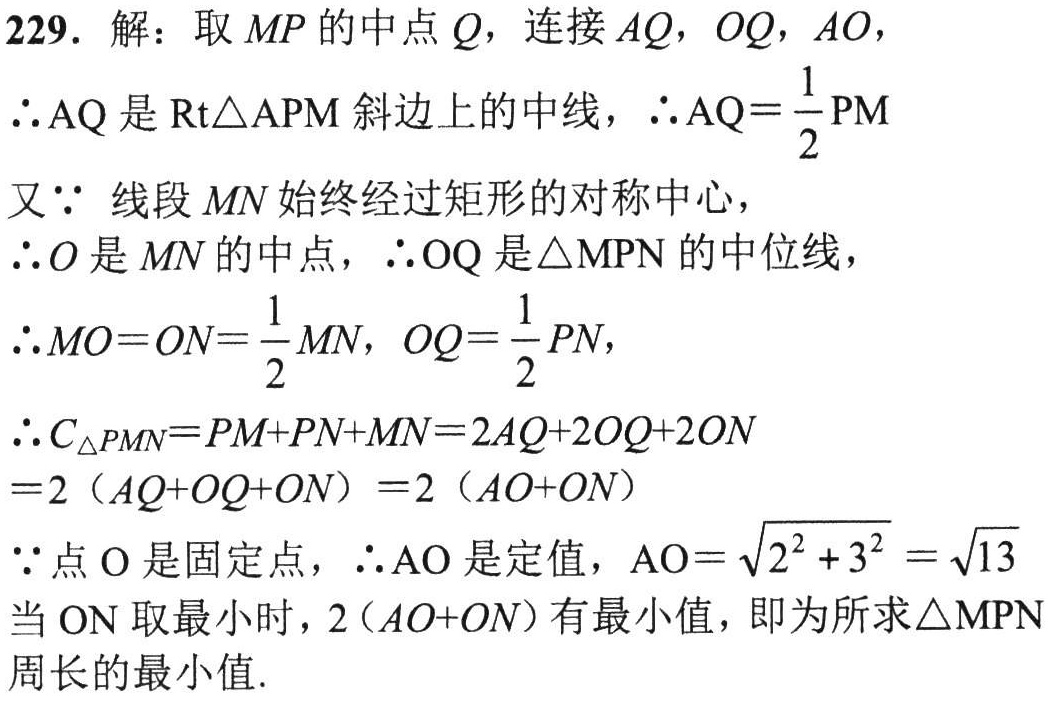
229. 解：取 \(MP\) 的中点 \(Q\)，连接 \(AQ\)，\(OQ\)，\(AO\)，
\(\therefore AQ\) 是 \(\text{Rt}\triangle APM\) 斜边上的中线，\(\therefore AQ = \dfrac{1}{2}PM\)
又 \(\because\) 线段 \(MN\) 始终经过矩形的对称中心，
\(\therefore O\) 是 \(MN\) 的中点，\(\therefore OQ\) 是 \(\triangle MPN\) 的中位线，
\(\therefore MO = ON=\dfrac{1}{2}MN\)，\(OQ = \dfrac{1}{2}PN\)，
\(\therefore C_{\triangle PMN}=PM + PN+MN = 2AQ + 2OQ+2ON\)
\(=2(AQ + OQ+ON)=2(AO + ON)\)
\(\because\) 点 \(O\) 是固定点，\(\therefore AO\) 是定值，\(AO=\sqrt{2^{2}+3^{2}}=\sqrt{13}\)
当 \(ON\) 取最小时，\(2(AO + ON)\) 有最小值，即为所求 \(\triangle MPN\) 周长的最小值.